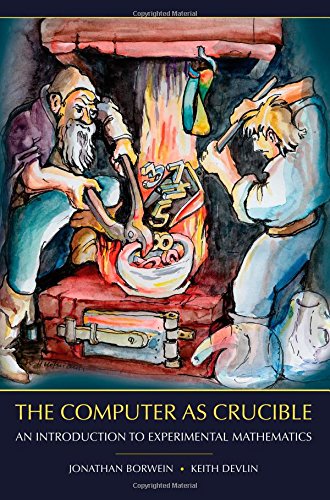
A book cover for The Computer as Crucible: An Introduction to Experimental Mathematics; Jonathan Borwein; Science & Math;